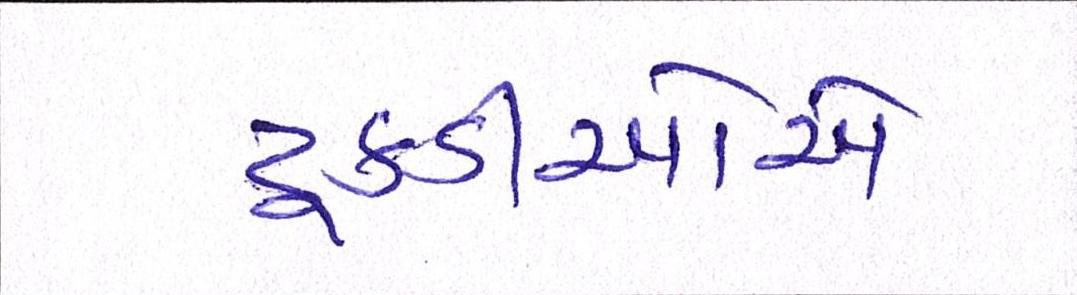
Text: ટૂકડીઓએ